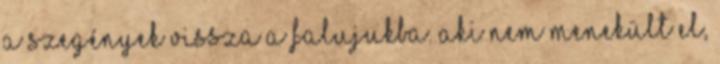
a szegények vissza a falujukba. Aki nem menekült el,